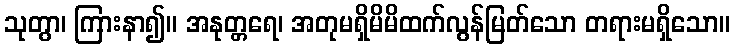
သုတွာ၊ ကြားနာ၍။ အနုတ္တရေ၊ အတုမရှိမိမိထက်လွန်မြတ်သော တရားမရှိသော။